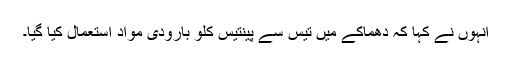
انہوں نے کہا کہ دھماکے میں تیس سے پینتیس کلو بارودی مواد استعمال کیا گیا۔